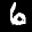
Label: 6